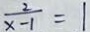
\frac { 2 } { x - 1 } = 1